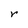
Character: r